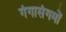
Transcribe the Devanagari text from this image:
गंगासंगमों